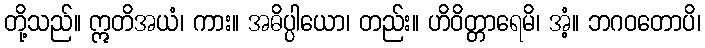
တို့သည်။ ဣတိအယံ၊ ကား။ အဓိပ္ပါယော၊ တည်း။ ဟိဝိတ္တာရေမိ၊ အံ့။ ဘဂဝတောပိ၊